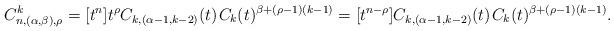
LaTeX: \begin{align*}C^k_{n,(\alpha,\beta),\rho} = [t^n] t^\rho C_{k,(\alpha-1,k-2)}(t) \kern+1pt C_k(t)^{\beta + (\rho-1)(k-1)} = [t^{n-\rho}]C_{k,(\alpha-1,k-2)}(t) \kern+1pt C_k(t)^{\beta+(\rho-1)(k-1)}.\end{align*}